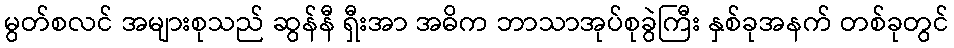
မွတ်စလင် အများစုသည် ဆွန်နီ ရှီးအာ အဓိက ဘာသာအုပ်စုခွဲကြီး နှစ်ခုအနက် တစ်ခုတွင်